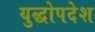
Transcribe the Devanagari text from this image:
युद्धोपदेश